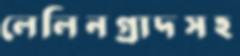
লেলিনগ্রাদসহ